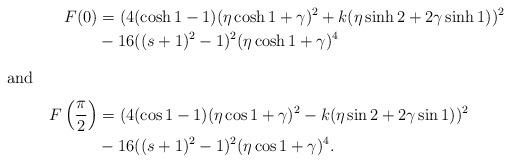
LaTeX: \begin{align*} F(0)&=(4 (\cosh 1 -1) (\eta \cosh 1 + \gamma )^2+ k (\eta \sinh 2 + 2 \gamma \sinh 1 ))^2 \\& -16 ((s+1)^2-1)^2 (\eta \cosh 1 + \gamma )^4 \intertext{and}F\left(\frac{\pi}{2}\right) & = (4 (\cos 1-1) (\eta \cos 1 + \gamma )^2 - k(\eta \sin 2 + 2 \gamma \sin 1 ))^2 \\& -16 ((s+1)^2-1)^2 (\eta \cos 1 + \gamma )^4. \end{align*}